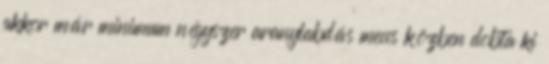
akkor már minimum négyszer aranylabdás meccs közben dobta ki